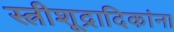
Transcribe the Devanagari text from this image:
स्त्रीशूद्रादिकांना